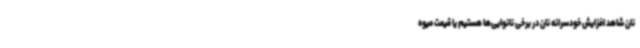
نان شاهد افزایش خودسرانه نان در برخی نانوایی‌ها هستیم یا قیمت میوه